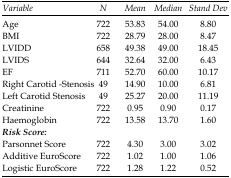
| Variable | N | Mean | Median | Stand Dev |
 | --- | --- | --- | --- | --- |
 | Age | 722 | 53.83 | 54.00 | 8.80 |
 | BMI | 722 | 28.79 | 28.00 | 8.47 |
 | LVIDD | 658 | 49.38 | 49.00 | 18.45 |
 | LVIDS | 644 | 32.64 | 32.00 | 6.43 |
 | EF | 711 | 52.70 | 60.00 | 10.17 |
 | Right Carotid -Stenosis | 49 | 14.90 | 10.00 | 6.81 |
 | Left Carotid Stenosis | 49 | 25.27 | 20.00 | 11.19 |
 | Creatinine | 722 | 0.95 | 0.90 | 0.17 |
 | Haemoglobin | 722 | 13.58 | 13.70 | 1.60 |
 | Risk Score: |  |  |  |  |
 | Parsonnet Score | 722 | 4.30 | 3.00 | 3.02 |
 | Additive EuroScore | 722 | 1.02 | 1.00 | 1.06 |
 | Logistic EuroScore | 722 | 1.28 | 1.22 | 0.52 |